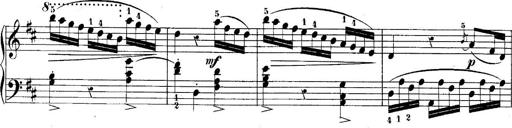
Title: 10 Sonatines progressives
Composer: Anton Schmoll